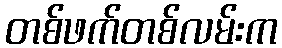
တစ်ဖက်တစ်လမ်းက